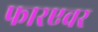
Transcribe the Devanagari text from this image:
फारएवर